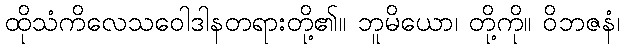
ထိုသံကိလေသဝေါဒါနတရားတို့၏။ ဘူမိယော၊ တို့ကို။ ဝိဘဇနံ၊